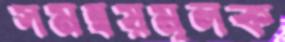
সমন্বয়মূলক